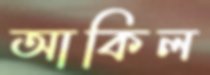
আকিল